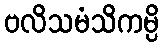
ဗလိသမံသိကမ္ပိ